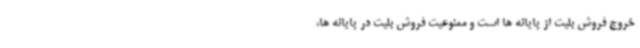
خروج فروش بلیت از پایانه ها است و ممنوعیت فروش بلیت در پایانه ها،